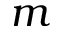
m